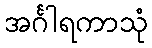
အင်္ဂါရကာသုံ